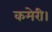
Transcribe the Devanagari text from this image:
कमेरी।